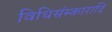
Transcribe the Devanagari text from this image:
विधिसंस्कारादि